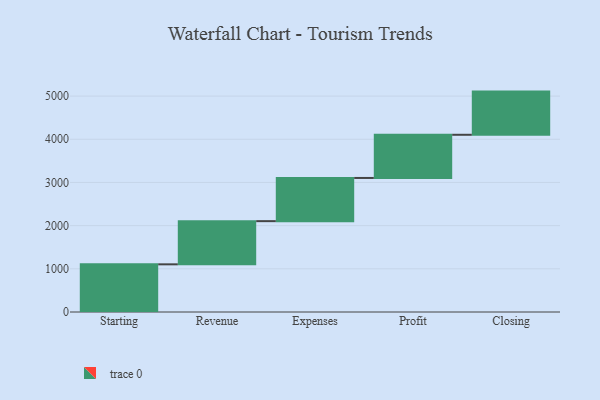
{"axis": {"x": "Step", "y": "Value"}, "legend": [""], "data": [{"x": "Starting", "y": 1104.0, "type": ""}, {"x": "Revenue", "y": 1000, "type": ""}, {"x": "Expenses", "y": 1000, "type": ""}, {"x": "Profit", "y": 1000, "type": ""}, {"x": "Closing", "y": 1000, "type": ""}]}